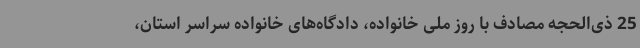
25 ذی‌الحجه مصادف با روز ملی خانواده، دادگاه‌های خانواده سراسر استان،